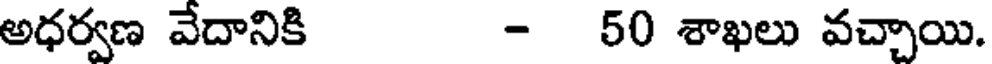
అధర్వణ వేదానికి - 50 శాఖలు వచ్చాయి.